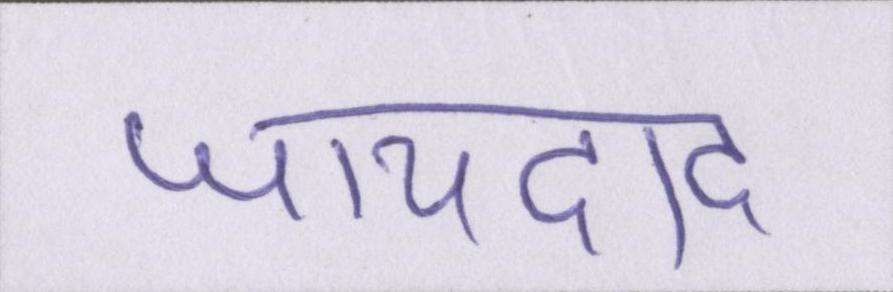
जायदाद